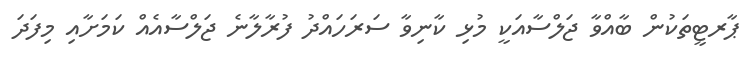
ޕާރޓީތަކުން ބާއްވާ ޖަލްސާއަކީ މުޅި ކާނިވާ ސަރަހައްދު ފުރާލާނެ ޖަލްސާއެއް ކަމަށާއި މިފަދަ